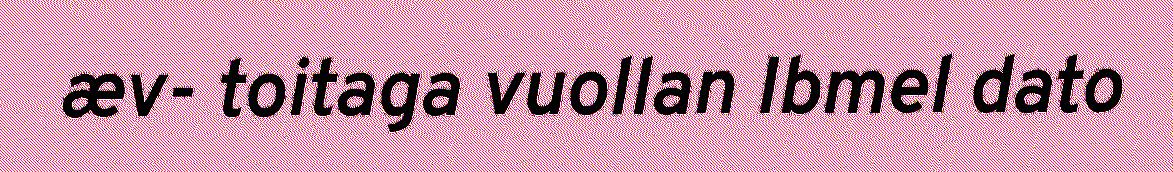
æv- toitaga vuollan Ibmel dato